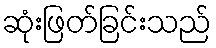
ဆုံးဖြတ်ခြင်းသည်